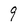
Character: 9